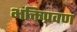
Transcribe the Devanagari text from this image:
भक्तिप्रवण